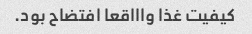
کیفیت غذا واااقعا افتضاح بود.